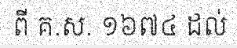
ពី គ.ស. ១៦៧៤ ដល់